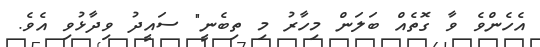
އެހެންވެ ވާ ގޮތެއް ބަލަން މިހާރު މި ތިބެނީ" ސައީދު ވިދާޅުވި އެވެ.